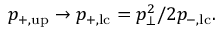
p _ { + , \mathrm { u p } } \rightarrow p _ { + , \mathrm { l c } } = p _ { \bot } ^ { 2 } / 2 p _ { - , \mathrm { l c } } .